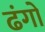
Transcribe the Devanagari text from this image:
ढंगो